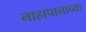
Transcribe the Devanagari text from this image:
नाहापानाच्या